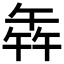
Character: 𭅦